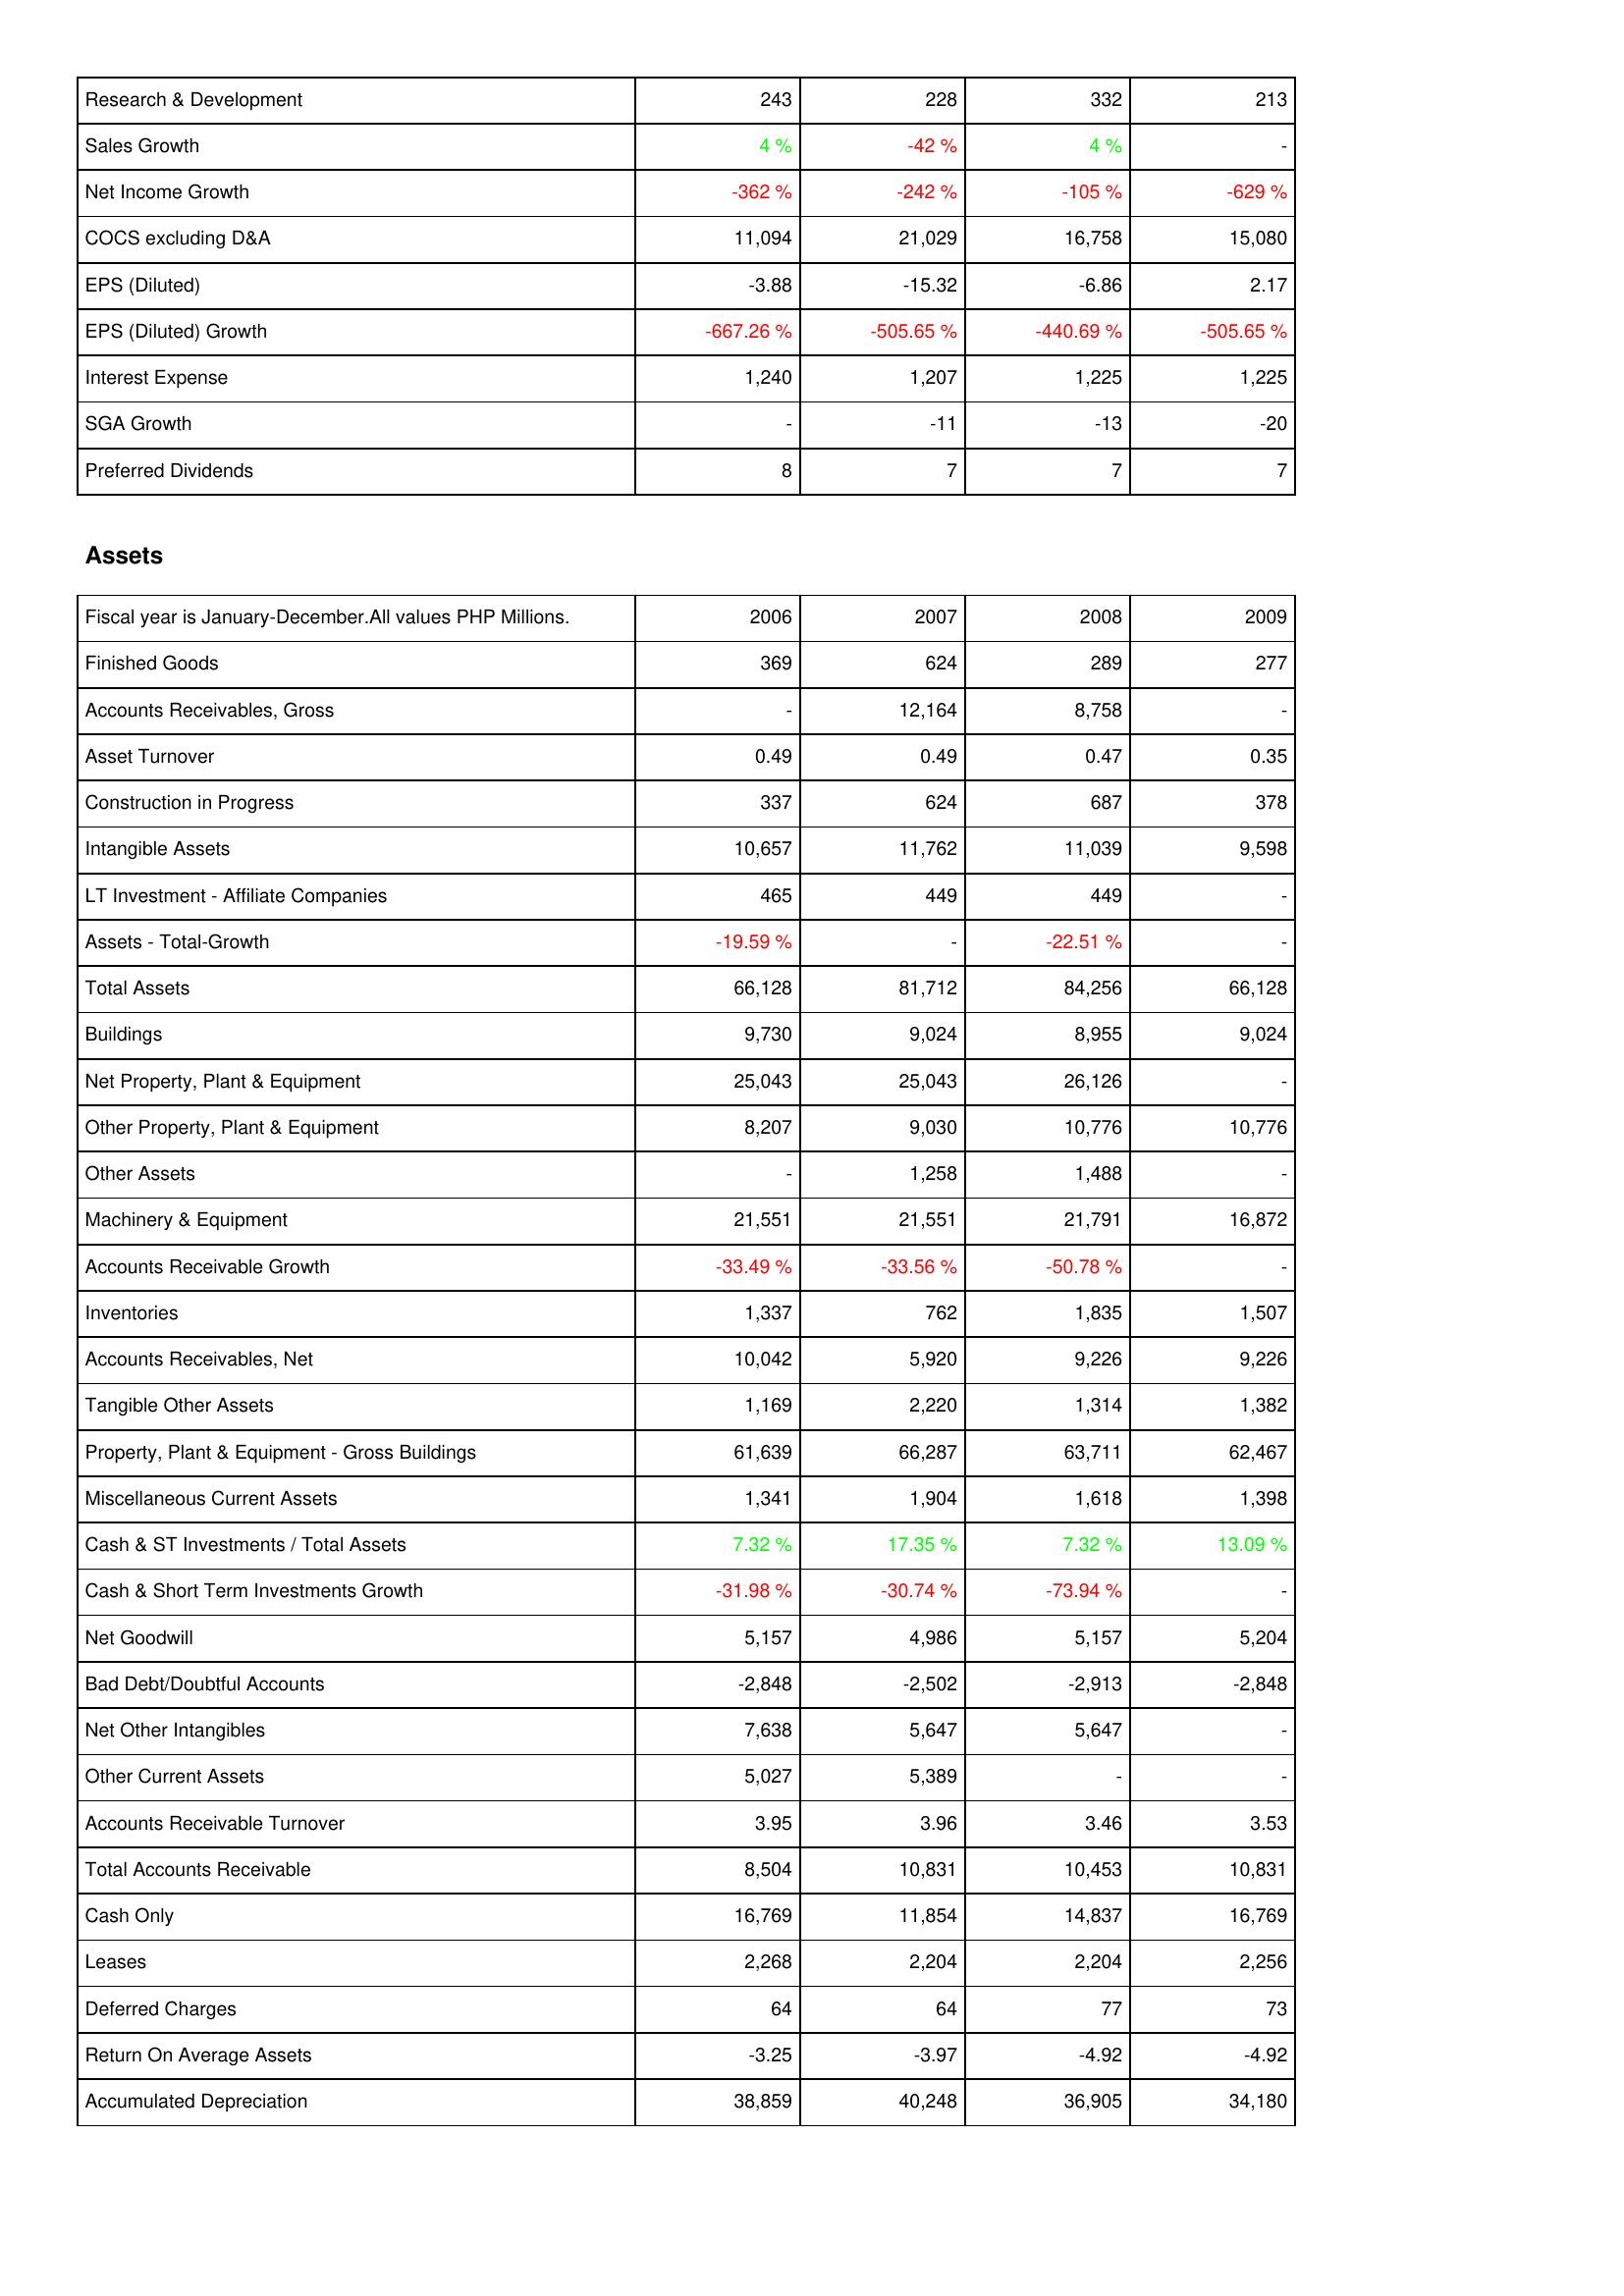
2006: Income Statement: Research & Development: 243
Sales Growth: 4 %
Net Income Growth: -362 %
COCS excluding D&A: 11,094
EPS (Diluted): -3.88
EPS (Diluted) Growth: -667.26 %
Interest Expense: 1,240
SGA Growth: -
Preferred Dividends: 8
Assets: Finished Goods: 369
Accounts Receivables, Gross: -
Asset Turnover: 0.49
Construction in Progress: 337
Intangible Assets: 10,657
LT Investment - Affiliate Companies: 465
Assets - Total-Growth: -19.59 %
Total Assets: 66,128
Buildings: 9,730
Net Property, Plant & Equipment: 25,043
Other Property, Plant & Equipment: 8,207
Other Assets: -
Machinery & Equipment: 21,551
Accounts Receivable Growth: -33.49 %
Inventories: 1,337
Accounts Receivables, Net: 10,042
Tangible Other Assets: 1,169
Property, Plant & Equipment - Gross Buildings: 61,639
Miscellaneous Current Assets: 1,341
Cash & ST Investments / Total Assets: 7.32 %
Cash & Short Term Investments Growth: -31.98 %
Net Goodwill: 5,157
Bad Debt/Doubtful Accounts: -2,848
Net Other Intangibles: 7,638
Other Current Assets: 5,027
Accounts Receivable Turnover: 3.95
Total Accounts Receivable: 8,504
Cash Only: 16,769
Leases: 2,268
Deferred Charges: 64
Return On Average Assets: -3.25
Accumulated Depreciation: 38,859
2007: Income Statement: Research & Development: 228
Sales Growth: -42 %
Net Income Growth: -242 %
COCS excluding D&A: 21,029
EPS (Diluted): -15.32
EPS (Diluted) Growth: -505.65 %
Interest Expense: 1,207
SGA Growth: -11
Preferred Dividends: 7
Assets: Finished Goods: 624
Accounts Receivables, Gross: 12,164
Asset Turnover: 0.49
Construction in Progress: 624
Intangible Assets: 11,762
LT Investment - Affiliate Companies: 449
Assets - Total-Growth: -
Total Assets: 81,712
Buildings: 9,024
Net Property, Plant & Equipment: 25,043
Other Property, Plant & Equipment: 9,030
Other Assets: 1,258
Machinery & Equipment: 21,551
Accounts Receivable Growth: -33.56 %
Inventories: 762
Accounts Receivables, Net: 5,920
Tangible Other Assets: 2,220
Property, Plant & Equipment - Gross Buildings: 66,287
Miscellaneous Current Assets: 1,904
Cash & ST Investments / Total Assets: 17.35 %
Cash & Short Term Investments Growth: -30.74 %
Net Goodwill: 4,986
Bad Debt/Doubtful Accounts: -2,502
Net Other Intangibles: 5,647
Other Current Assets: 5,389
Accounts Receivable Turnover: 3.96
Total Accounts Receivable: 10,831
Cash Only: 11,854
Leases: 2,204
Deferred Charges: 64
Return On Average Assets: -3.97
Accumulated Depreciation: 40,248
2008: Income Statement: Research & Development: 332
Sales Growth: 4 %
Net Income Growth: -105 %
COCS excluding D&A: 16,758
EPS (Diluted): -6.86
EPS (Diluted) Growth: -440.69 %
Interest Expense: 1,225
SGA Growth: -13
Preferred Dividends: 7
Assets: Finished Goods: 289
Accounts Receivables, Gross: 8,758
Asset Turnover: 0.47
Construction in Progress: 687
Intangible Assets: 11,039
LT Investment - Affiliate Companies: 449
Assets - Total-Growth: -22.51 %
Total Assets: 84,256
Buildings: 8,955
Net Property, Plant & Equipment: 26,126
Other Property, Plant & Equipment: 10,776
Other Assets: 1,488
Machinery & Equipment: 21,791
Accounts Receivable Growth: -50.78 %
Inventories: 1,835
Accounts Receivables, Net: 9,226
Tangible Other Assets: 1,314
Property, Plant & Equipment - Gross Buildings: 63,711
Miscellaneous Current Assets: 1,618
Cash & ST Investments / Total Assets: 7.32 %
Cash & Short Term Investments Growth: -73.94 %
Net Goodwill: 5,157
Bad Debt/Doubtful Accounts: -2,913
Net Other Intangibles: 5,647
Other Current Assets: -
Accounts Receivable Turnover: 3.46
Total Accounts Receivable: 10,453
Cash Only: 14,837
Leases: 2,204
Deferred Charges: 77
Return On Average Assets: -4.92
Accumulated Depreciation: 36,905
2009: Income Statement: Research & Development: 213
Sales Growth: -
Net Income Growth: -629 %
COCS excluding D&A: 15,080
EPS (Diluted): 2.17
EPS (Diluted) Growth: -505.65 %
Interest Expense: 1,225
SGA Growth: -20
Preferred Dividends: 7
Assets: Finished Goods: 277
Accounts Receivables, Gross: -
Asset Turnover: 0.35
Construction in Progress: 378
Intangible Assets: 9,598
LT Investment - Affiliate Companies: -
Assets - Total-Growth: -
Total Assets: 66,128
Buildings: 9,024
Net Property, Plant & Equipment: -
Other Property, Plant & Equipment: 10,776
Other Assets: -
Machinery & Equipment: 16,872
Accounts Receivable Growth: -
Inventories: 1,507
Accounts Receivables, Net: 9,226
Tangible Other Assets: 1,382
Property, Plant & Equipment - Gross Buildings: 62,467
Miscellaneous Current Assets: 1,398
Cash & ST Investments / Total Assets: 13.09 %
Cash & Short Term Investments Growth: -
Net Goodwill: 5,204
Bad Debt/Doubtful Accounts: -2,848
Net Other Intangibles: -
Other Current Assets: -
Accounts Receivable Turnover: 3.53
Total Accounts Receivable: 10,831
Cash Only: 16,769
Leases: 2,256
Deferred Charges: 73
Return On Average Assets: -4.92
Accumulated Depreciation: 34,180